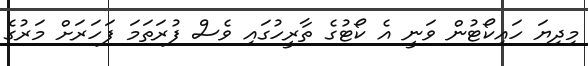
މިދިޔަ ހައިކޯޓުން ވަނީ އެ ކޯޓުގެ ތާރީހުގައި ވެސް ފުރަތަމަ ފަހަރަށް މަރުގެ